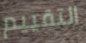
التقييم